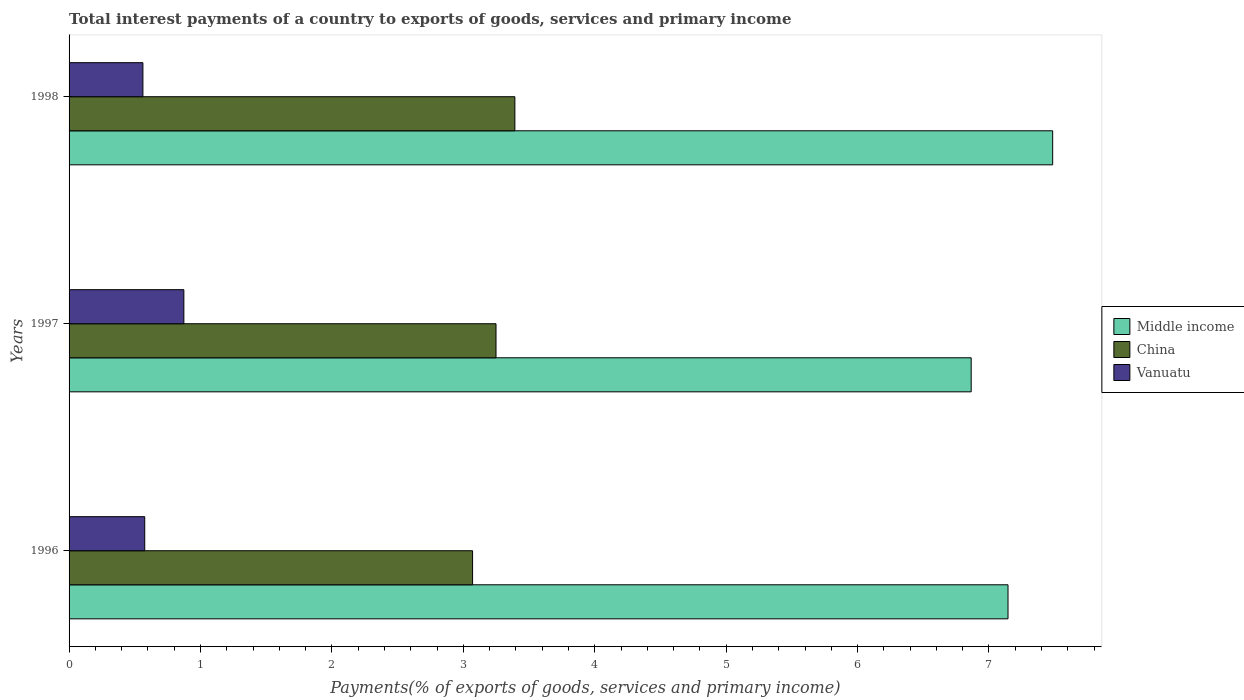
| Years | Middle income | China | Vanuatu |
 | --- | --- | --- | --- |
 | 1996 | 7.14 | 3.07 | 0.576 |
 | 1997 | 6.86 | 3.25 | 0.874 |
 | 1998 | 7.48 | 3.39 | 0.562 |